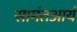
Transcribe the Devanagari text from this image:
सामंतआर्य